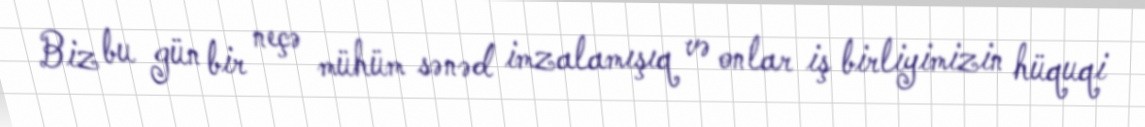
Biz bu gün bir neçə mühüm sənəd imzalamışıq və onlar iş birliyimizin hüquqi